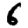
Digit: 6